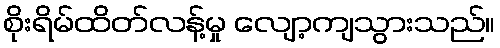
စိုးရိမ်ထိတ်လန့်မှု လျော့ကျသွားသည်။